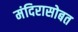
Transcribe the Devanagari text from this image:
मंदिरासोबत